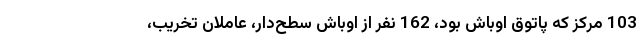
103 مرکز که پاتوق اوباش بود، 162 نفر از اوباش سطح‌دار، عاملان تخریب،